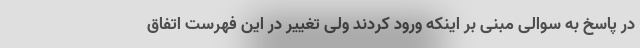
در پاسخ به سوالی مبنی بر اینکه ورود کردند ولی تغییر در این فهرست اتفاق